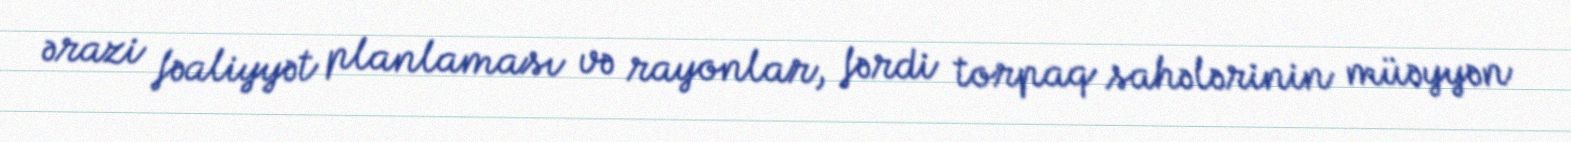
ərazi fəaliyyət planlaması və rayonlar, fərdi torpaq sahələrinin müəyyən